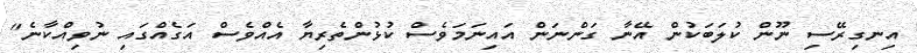
އިނގިރޭސި ނޫން ކުލަބަކުން އޭނާ ގަންނަން އައިނަމަވެސް ކުޅުންތެރިޔާ އެއްވެސް އަގެއްގައި ނުވިއްކާނެ"